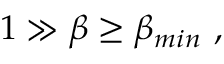
1 \gg \beta \geq \beta _ { m i n } ~ ,